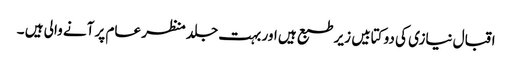
اقبال نیازی کی دو کتابیں زیر طبع ہیں اور بہت جلد منظر عام پر آنے والی ہیں ۔